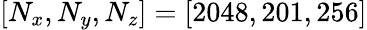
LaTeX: [N_{x},N_{y},N_{z}]=[2048,201,256]